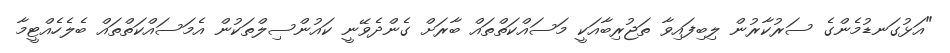
"އަޅުގަނޑުމެންގެ ސަރުކާރުން ލިބިފައިވާ ތަޖުރިބާއަކީ މަސައްކަތްތައް ބާރަށް ގެންދެވޭނީ ކައުންސިލްތަކުން އެމަސައްކަތްތައް ބެލެހެއްޓީމާ